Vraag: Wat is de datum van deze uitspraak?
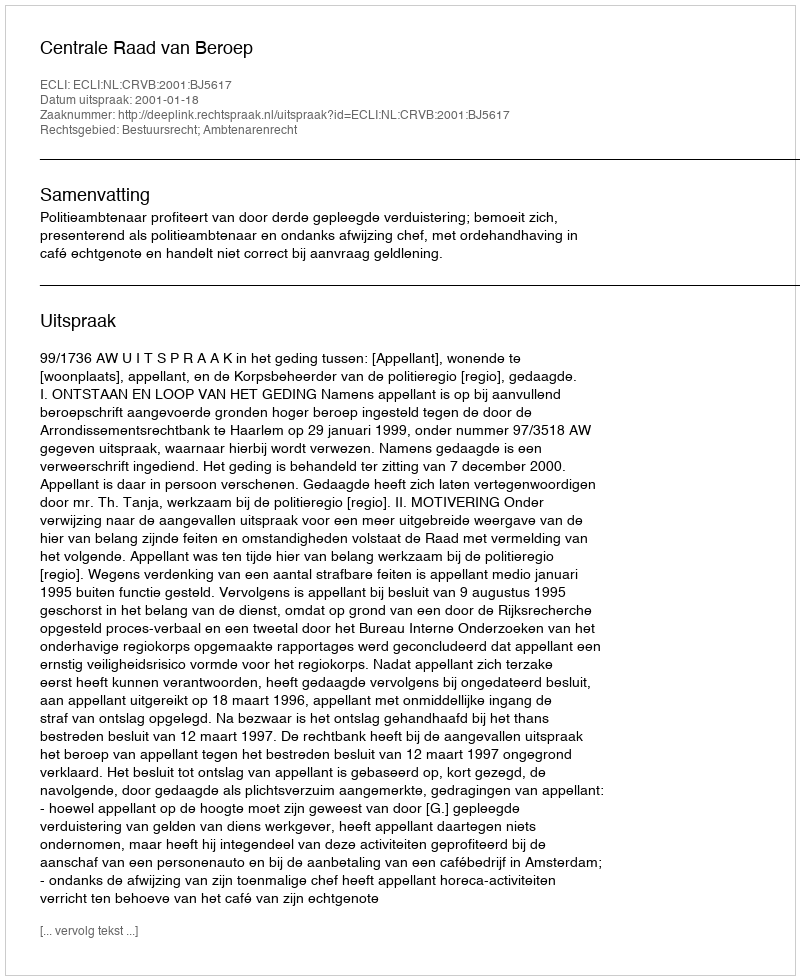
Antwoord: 2001-01-18